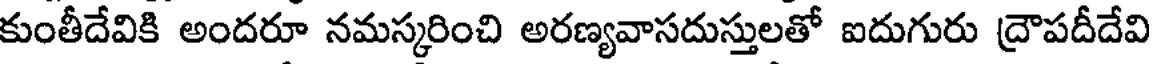
కుంతీదేవికి అందరూ నమస్కరించి అరణ్యవాసదుస్తులతో ఐదుగురు ద్రౌపదీదేవి